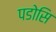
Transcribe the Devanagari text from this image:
पडोसि